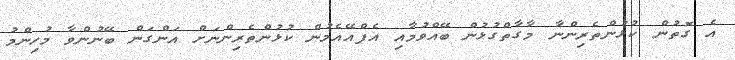
އެ ގޮތުން ކުޅުންތެރިންނާ މާގާތްގުޅުން ބޭއްވުމާއި އެފްއޭއެމުން ކުޅުންތެރިންނަށް އަންގަން ބޭނުންވާ މުހިންމު